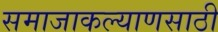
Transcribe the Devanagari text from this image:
समाजाकल्याणसाठी